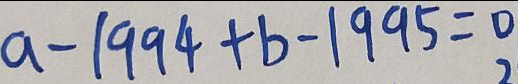
a - 1 9 9 4 + b - 1 9 9 5 = 0